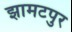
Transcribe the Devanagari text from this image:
झामटपुर